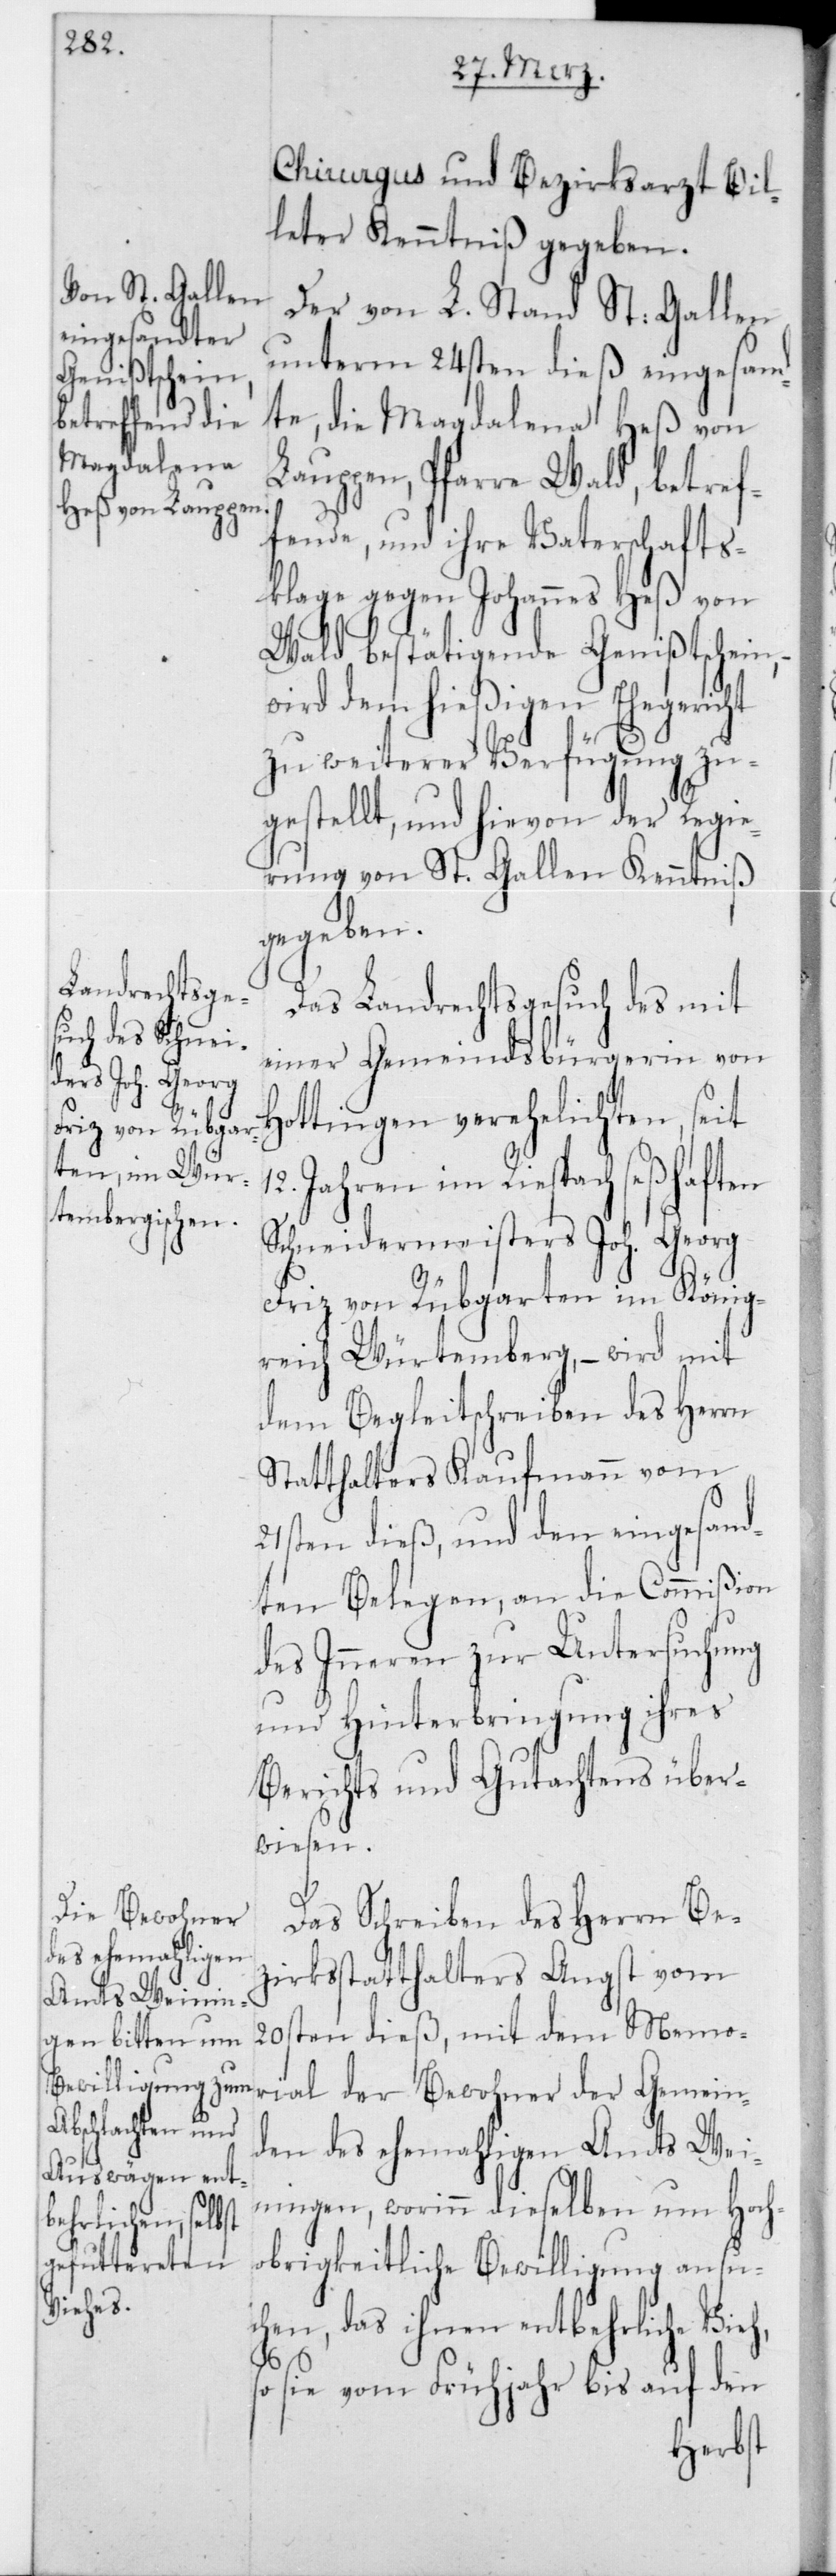
Chirurgus und Bezirksarzt Bil¬
leter Kenntniß gegeben.
Der von L. Stand St. Gallen
unterm 24sten dieß eingesand¬
te, die Magdalena Heß von
Lauppen, Pfarre Wald, betref¬
fende, und ihre Vaterschafts¬
klage gegen Johannes Heß von
Wald bestätigende Genißtschein,
wird dem hießigen Ehegericht
zu weiterer Verfügung zu¬
gestellt, und hievon der Regie¬
rung von St. Gallen Kenntniß
gegeben.
Das Landrechtsgesuch des mit
einer Gemeindsbürgerin von
Hottingen verehelichten, seit
12 Jahren im Riespach seßhaften
Schneidermeisters Joh. Georg
Friz von Rübgarten im König¬
reich Würtemberg, – wird mit
dem Begleitschreiben des Herrn
Statthalters Kaufmann vom
21sten dieß, und den eingesand¬
ten Belegen, an die Commißion
des Inneren zur Untersuchung
und Hinterbringung ihres
Berichts und Gutachtens über¬
wiesen.
Das Schreiben des Herrn Bez¬
irksstatthalters Angst vom
20sten dieß, mit dem Memo¬
rial der Bewohner der Gemein¬
den des ehemahligen Amts Wei¬
ningen, worinn dieselben um Hoch¬
obrigkeitliche Bewilligung ansu¬
chen, das ihnen entbehrliche Vieh,
so sie vom Frühjahr bis auf den